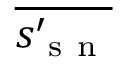
\overline { { s _ { \mathrm { ~ s ~ n ~ } } ^ { \prime } } }